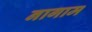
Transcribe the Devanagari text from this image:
नागाम